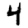
Digit: 4